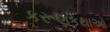
કરૂણકથાઓ